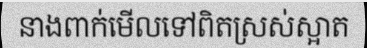
នាងពាក់មើលទៅពិតស្រស់ស្អាត